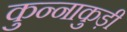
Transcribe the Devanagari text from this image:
कुन्नाकुड़ी